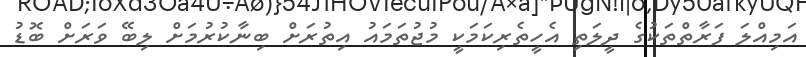
އަމިއްލަ ފަރާތްތަކުގެ ދީލަތި އެހީތެރިކަމަކީ މުޖުތަމައު އިތުރަށް ބިނާކުރުމަށް ލިބޭ ވަރަށް ބޮޑު